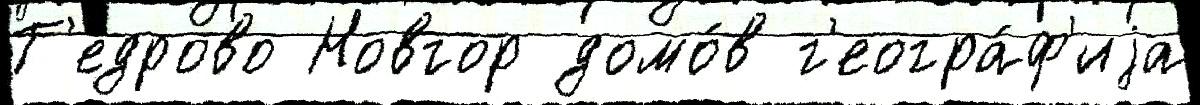
Т'едрово Новгор домо́в г'еогра́ф'иjа